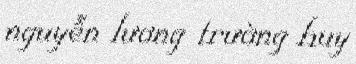
nguyễn lương trường huy